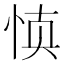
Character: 𰑝